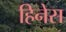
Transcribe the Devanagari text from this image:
हिनेस